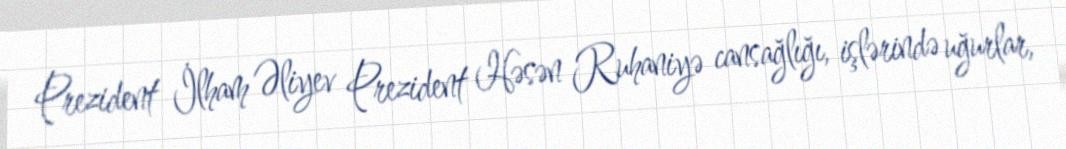
Prezident İlham Əliyev Prezident Həsən Ruhaniyə cansağlığı, işlərində uğurlar,